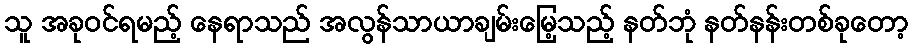
သူ အခုဝင်ရမည့် နေရာသည် အလွန်သာယာချမ်းမြေ့သည့် နတ်ဘုံ နတ်နန်းတစ်ခုတော့